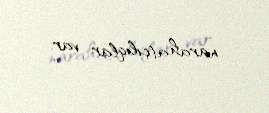
narahatçılıqlar var.